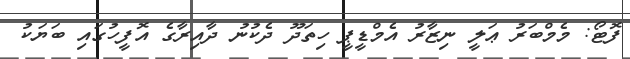
ފޮޓޯ: މެމްބަރު ޢަލީ ނިޒާރު އެމްޑީޕީ ހިތަދޫ ދެކުނު ދާއިރާގެ އޮފީހުގައި ބަޔަކު